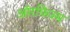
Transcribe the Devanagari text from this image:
ऑरफिज्म